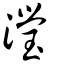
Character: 瀅